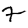
Digit: 7